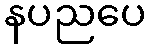
နပညပေ